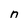
Character: n